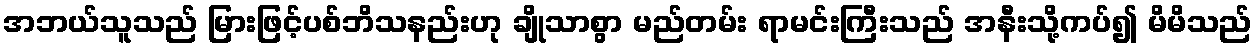
အဘယ်သူသည် မြားဖြင့်ပစ်ဘိသနည်းဟု ချိုသာစွာ မည်တမ်း ရာမင်းကြီးသည် အနီးသို့ကပ်၍ မိမိသည်